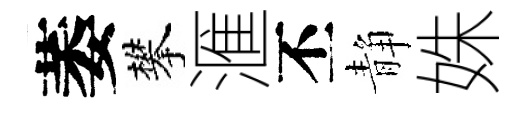
萎攀滙丕静姝